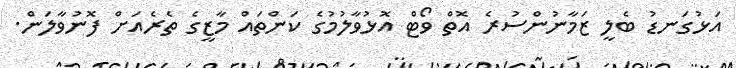
އަޅުގަނޑު ބެލީ ޒަމާނުންސުރެ އޮތް ވޯޓް އޮޅުވާލުމުގެ ކަންތައް މާޒީގެ ތެރެއަށް ފޮނުވާލަން.